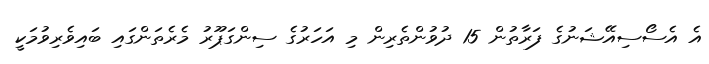
އެ އެސޯސިއޭޝަނުގެ ފަރާތުން 15 ދުވުންތެރިން މި އަހަރުގެ ސިންގަޕޫރު މެރެތަންގައި ބައިވެރިވުމަކީ